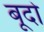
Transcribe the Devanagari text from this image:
बूदो